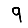
Digit: 9